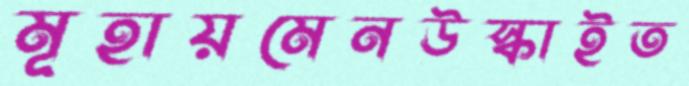
মূহায়মেনউস্‌কাইত